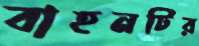
বাহনটির